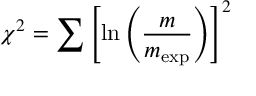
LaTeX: \chi ^ { 2 } = \sum \left[ \ln \left( \frac { m } { m _ { \mathrm { \small { e x p } } } } \right) \right] ^ { 2 }